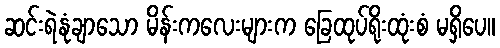
ဆင်းရဲနုံချာသော မိန်းကလေးများက ခြေထုပ်ရိုးထုံးစံ မရှိပေ။